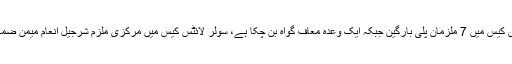
سولر لائٹس کیس میں 7 ملزمان پلی بارگین جبکہ ایک وعدہ معاف گواہ بن چکا ہے، سولر لائٹس کیس میں مرکزی ملزم شرجیل انعام میمن ضمانت پر ہیں۔